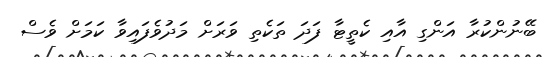
ބޭނުންކުރާ އަންގި އާއި ކެތީޓާ ފަދަ ތަކެތި ވަރަށް މަދުވެފައިވާ ކަމަށް ވެސް